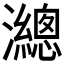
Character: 𤄋